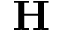
\textbf { H }